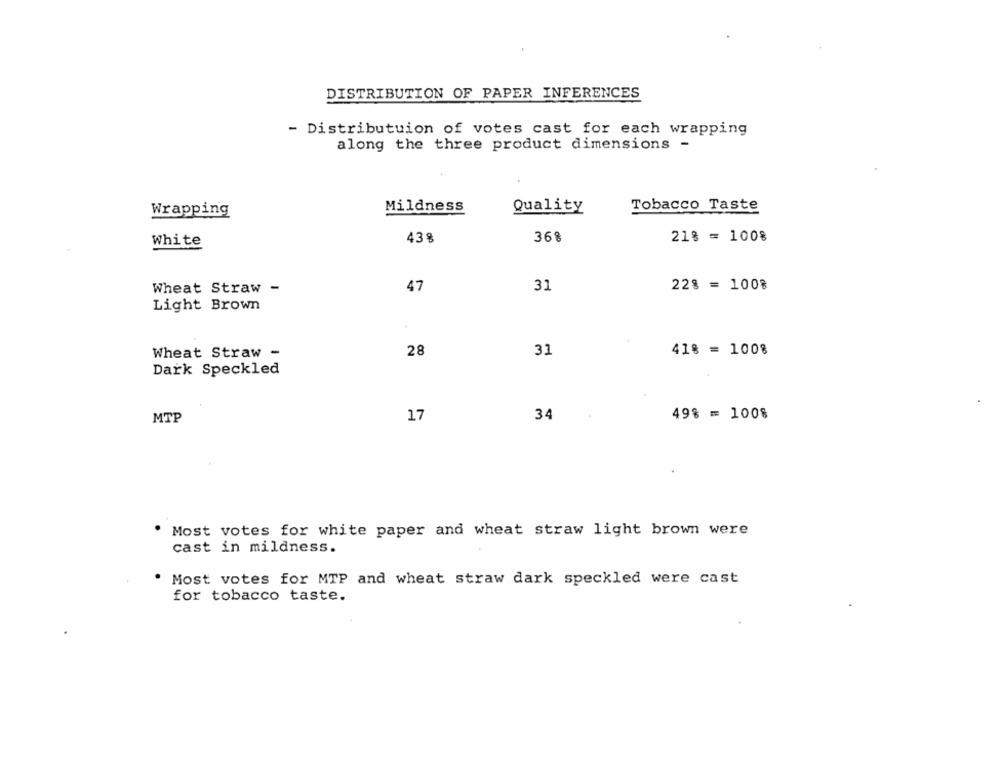
DISTRIBUTION OF PAPER INFERENCES
- Distributuion of votes cast for each wrapping
along the three product dimensions -
Mildness
Quality
Tobacco Taste
Wrapping
36%
White
43%
21% = 100%
Wheat Straw -
47
31
22% = 100%
Light Brown
28
31
41% = 100%
Wheat Straw -
Dark Speckled
MTP
17
34
49% = 100%
Most votes for white paper and wheat straw light brown were
cast in mildness.
Most votes for MTP and wheat straw dark speckled were cast
for tobacco taste.